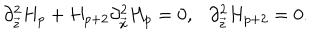
\partial _ { \vec { z } } ^ { 2 } H _ { p } + H _ { p + 2 } \partial _ { \vec { x } } ^ { 2 } H _ { p } = 0 , \ \ \ \partial _ { \vec { z } } ^ { 2 } H _ { p + 2 } = 0 .